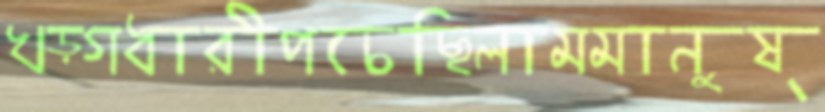
খড়্‌গধারীপচেছিলামমানুষ্